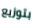
بتوزيع